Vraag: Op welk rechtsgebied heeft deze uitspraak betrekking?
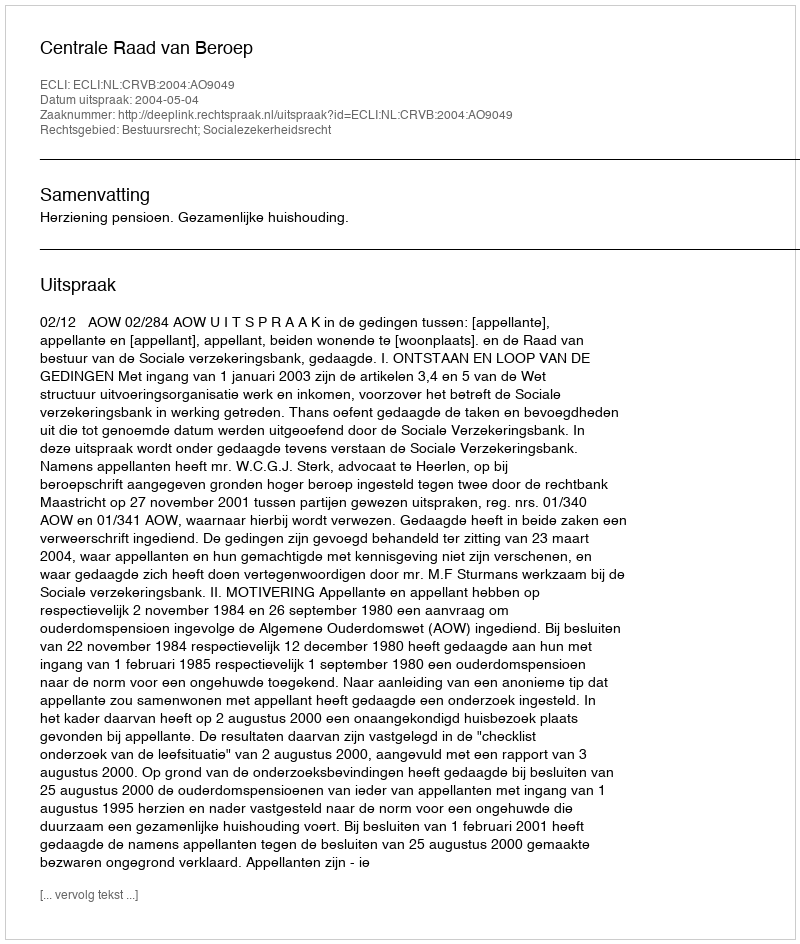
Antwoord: Bestuursrecht; Socialezekerheidsrecht